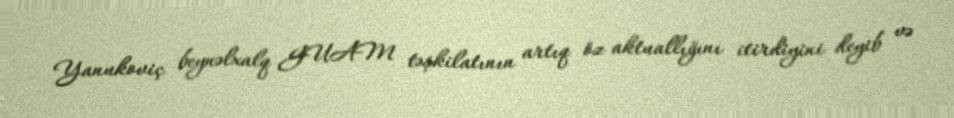
Yanukoviç beynəlxalq GUAM təşkilatının artıq öz aktuallığını itirdiyini deyib və